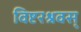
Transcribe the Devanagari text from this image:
विष्टरश्रवस्